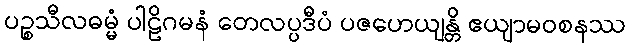
ပဉ္စသီလဓမ္မံ ပါဠိဂမနံ တေလပ္ပဒီပံ ပဇဟေယျန္တိ ဧယျာမဝစနဿ